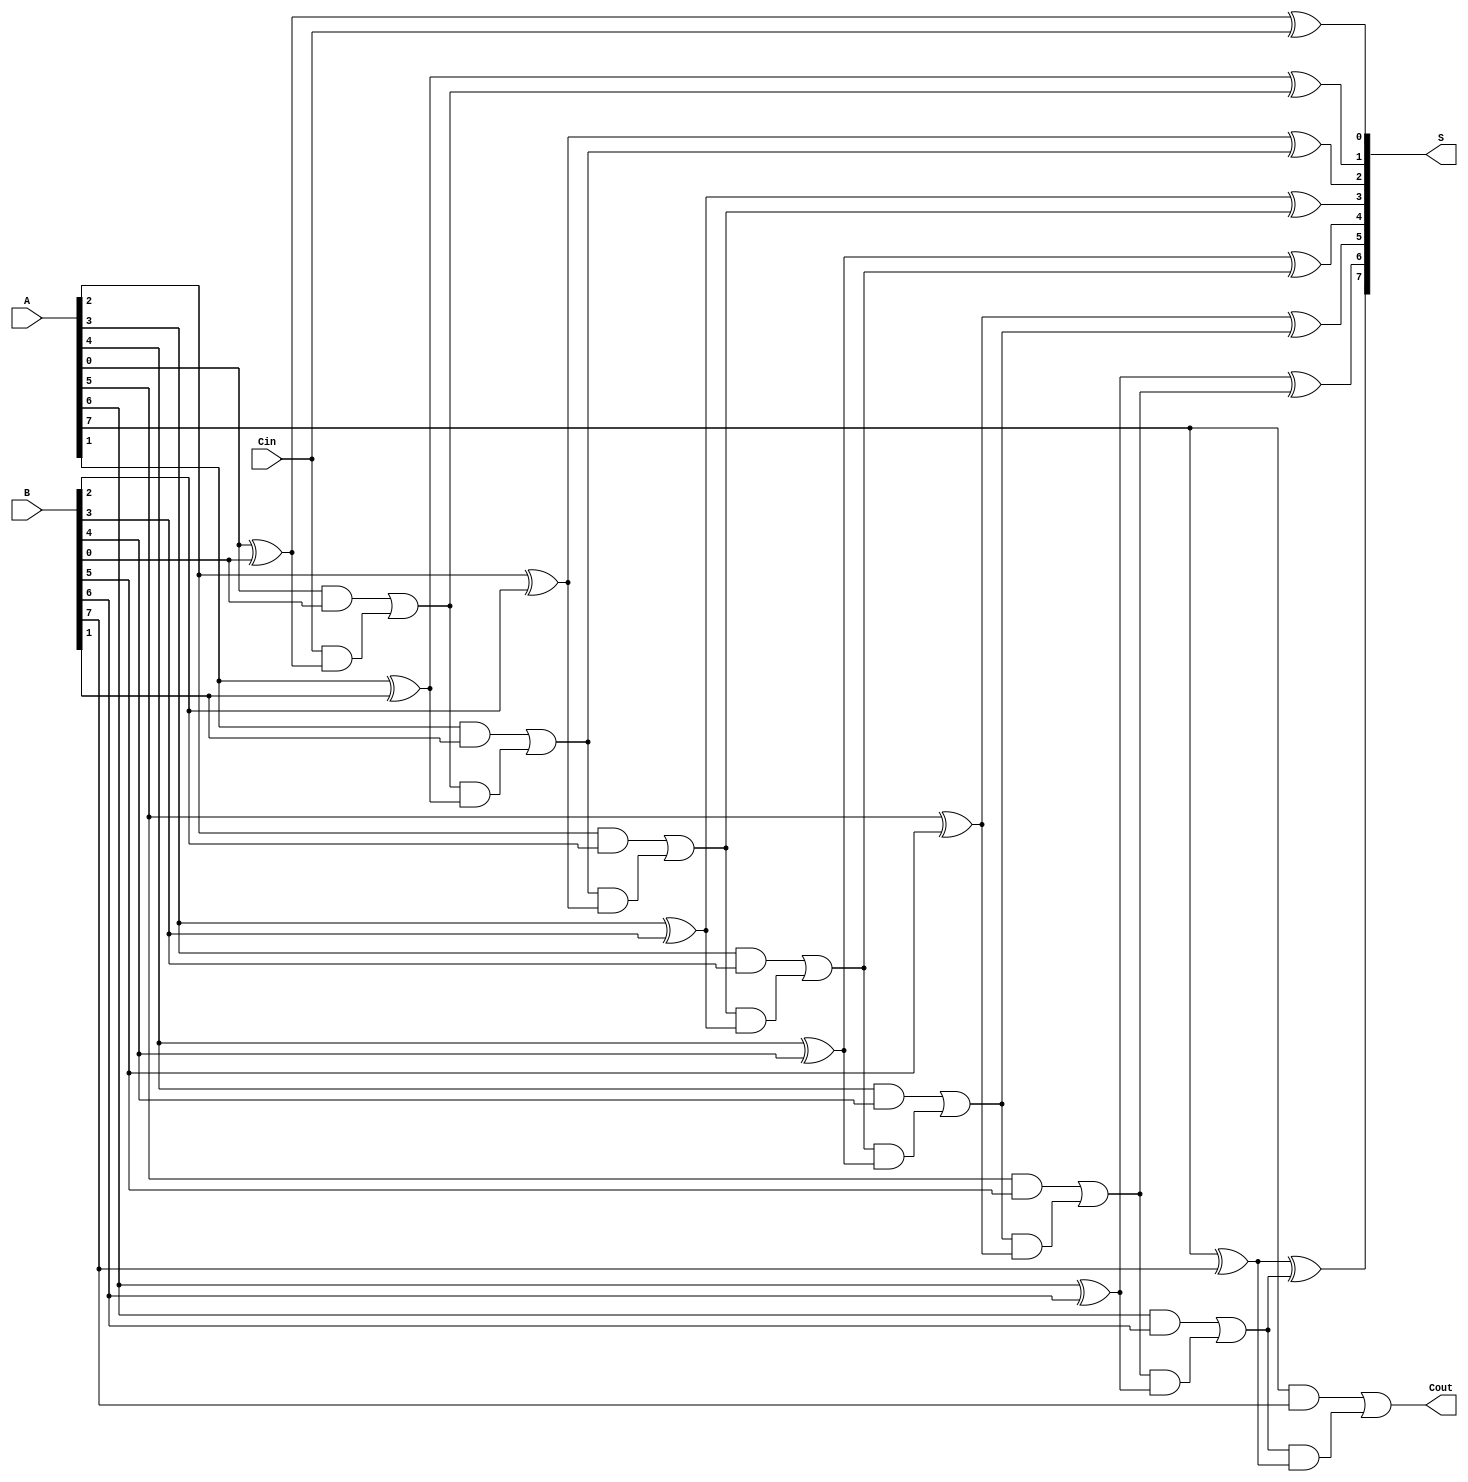
module ManchesterCarryChainAdder #(
    parameter N = 8 // Parameter for bit-width, default is 8 bits
)(
    input  wire [N-1:0] A,     // First n-bit input
    input  wire [N-1:0] B,     // Second n-bit input
    input  wire Cin,            // Carry-in
    output wire [N-1:0] S,      // n-bit sum output
    output wire Cout            // Carry-out
);

    // Intermediate carry signals
    wire [N:0] C; // C[0] is the carry-in, C[N] is the carry-out

    // Assign the carry-in to the first carry signal
    assign C[0] = Cin;

    // Generate the sum and carry signals
    genvar i;
    generate
        for (i = 0; i < N; i = i + 1) begin : carry_chain
            // Sum calculation
            assign S[i] = A[i] ^ B[i] ^ C[i];

            // Carry generation
            assign C[i + 1] = (A[i] & B[i]) | (C[i] & (A[i] ^ B[i]));
        end
    endgenerate

    // Final carry-out
    assign Cout = C[N];

endmodule